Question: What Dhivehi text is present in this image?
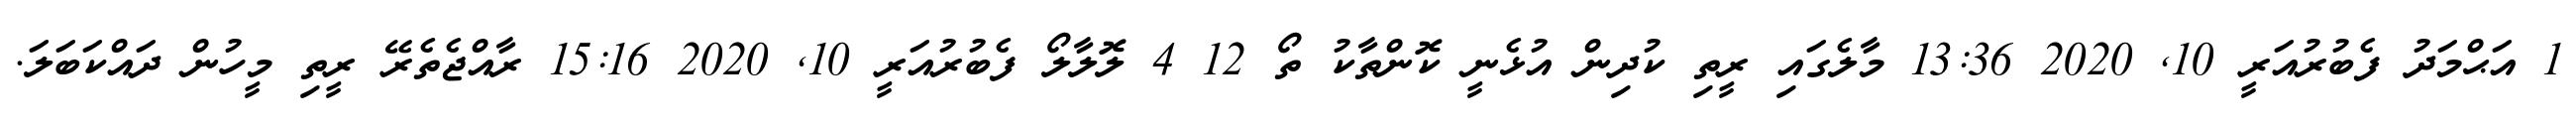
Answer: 1 އަޙްމަދު ފެބުރުއަރީ 10, 2020 13:36 މާލެގައި ރީތި ކުދިން އުޅެނީ ކޮންތާކު ތޯ 12 4 ލޮލާލޯ ފެބުރުއަރީ 10, 2020 15:16 ރާއްޖެތެރޭ ރީތި މީހުން ދައްކަބަލަ.